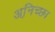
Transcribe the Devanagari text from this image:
अनि़च्छा